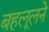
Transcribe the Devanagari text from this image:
बहलूलने